Eesti_Rahvusfond, lk 34
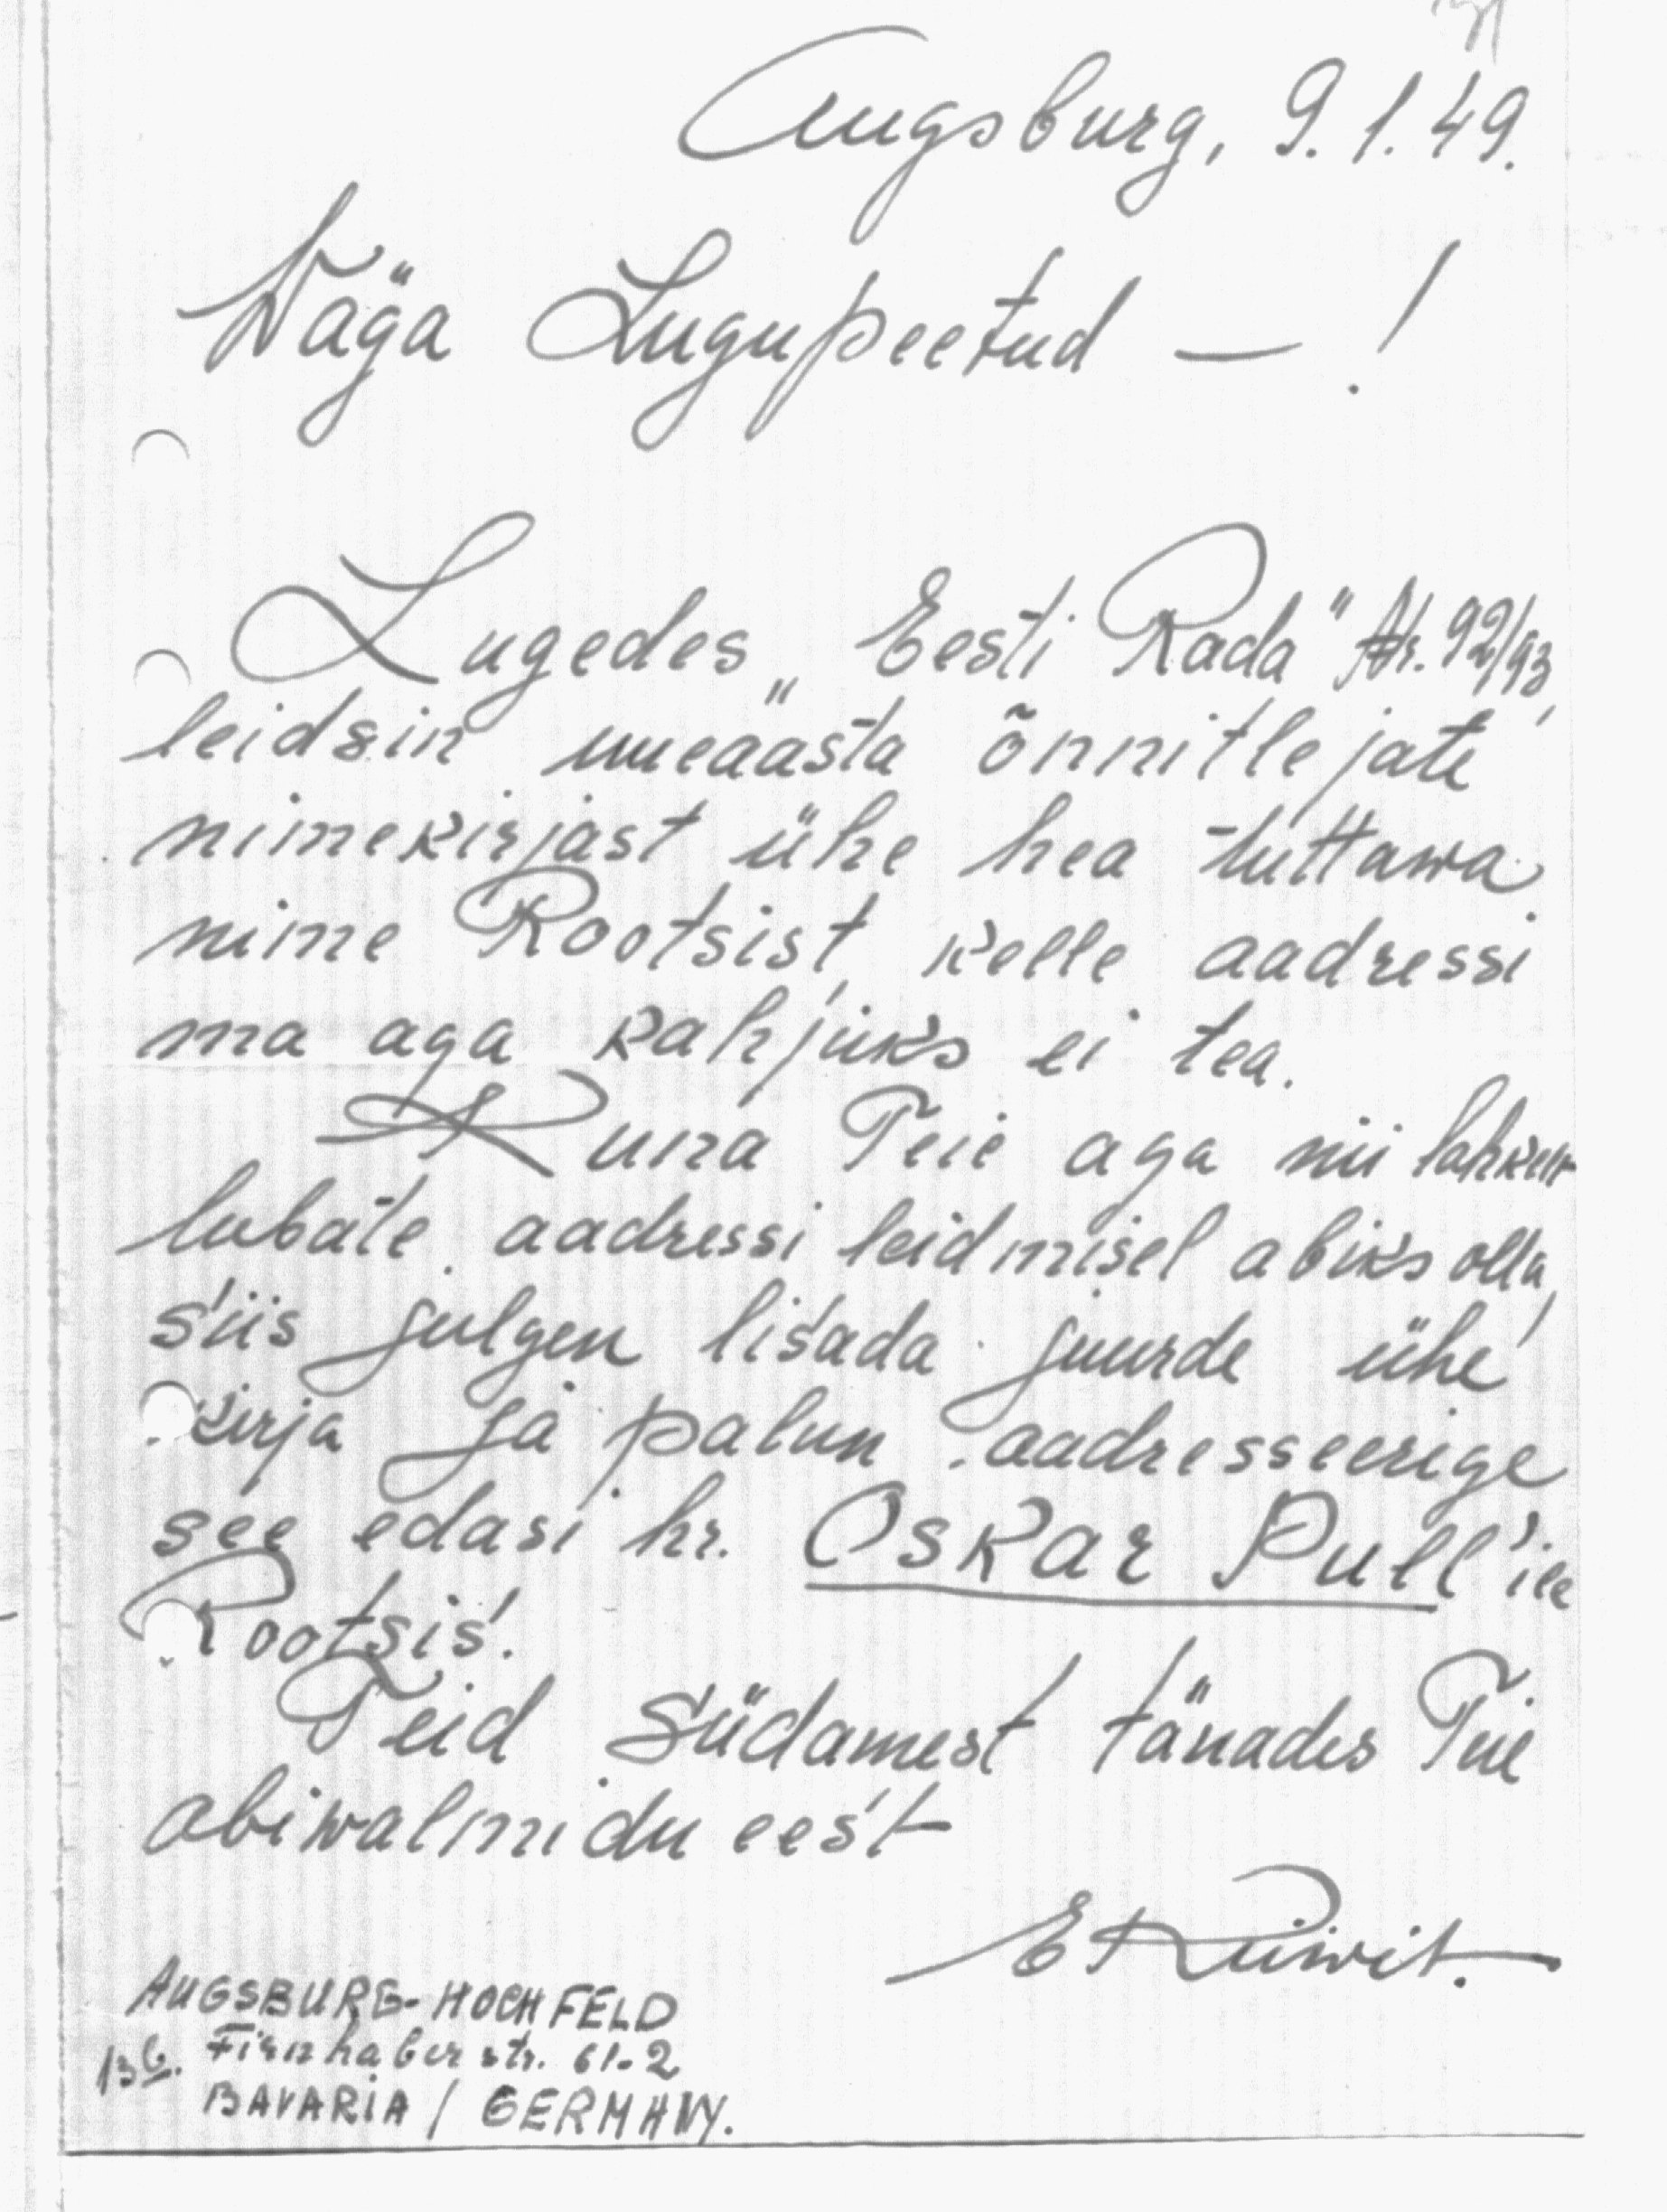
Augsburg, 9. 1. 49.
Wäga Lugupeetud -
Lugedes "Eesti Rada" Nr 92/93,
leidsin uueaasta õnnitlejate
nimekirjast ühe hea tuttawa
nime Rootsist, kelle aadressi
ma aga kahjuks ei tea.
Kuna Teie aga nii lahkelt
lubate aadressi leidmisel abiks olla
siis julgen lisada juurde ühe
kirja ja palun aadresseerige
see edasi hr. Oskar Pull'ile
Rootsis.
Teid südamest tänades Teie
abiwalmidu eest
AUSBURG-HOCHFELD
13b
Fischhaber str. 61-2
BAVARIA / GERMANY.